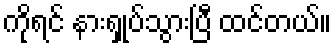
ကိုရင် နားရှုပ်သွားပြီ ထင်တယ်။